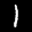
Label: 1